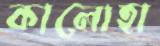
কালোহা